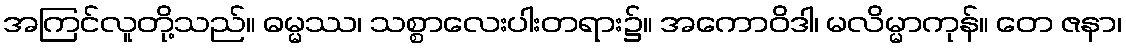
အကြင်လူတို့သည်။ ဓမ္မဿ၊ သစ္စာလေးပါးတရား၌။ အကောဝိဒါ၊ မလိမ္မာကုန်။ တေ ဇနာ၊